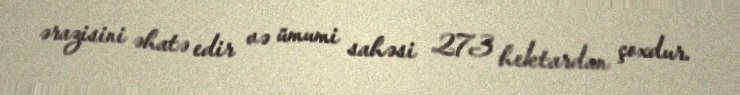
ərazisini əhatə edir və ümumi sahəsi 273 hektardan çoxdur.